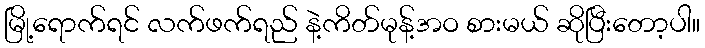
မြို့ရောက်ရင် လက်ဖက်ရည် နဲ့ကိတ်မုန့်အဝ စားမယ် ဆိုပြီးတော့ပါ။